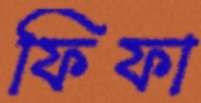
ফিফা